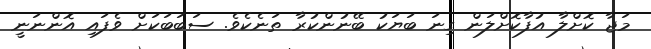
މަޖާ ކޮށްލާ އުފާކޮށްލަން ގިނަ ބަޔަކު ބޭނުންކުރާ ތަނެކެވެ. ސަބަބަކަށް ވެފައި އޮންނަނީ